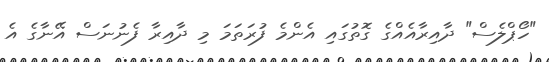
"ހޯޕްލެސް" ދާއިރާއެއްގެ ގޮތުގައި އެންމެ ފުރަތަމަ މި ދާއިރާ ފެނުނަސް އޭނާގެ އެ